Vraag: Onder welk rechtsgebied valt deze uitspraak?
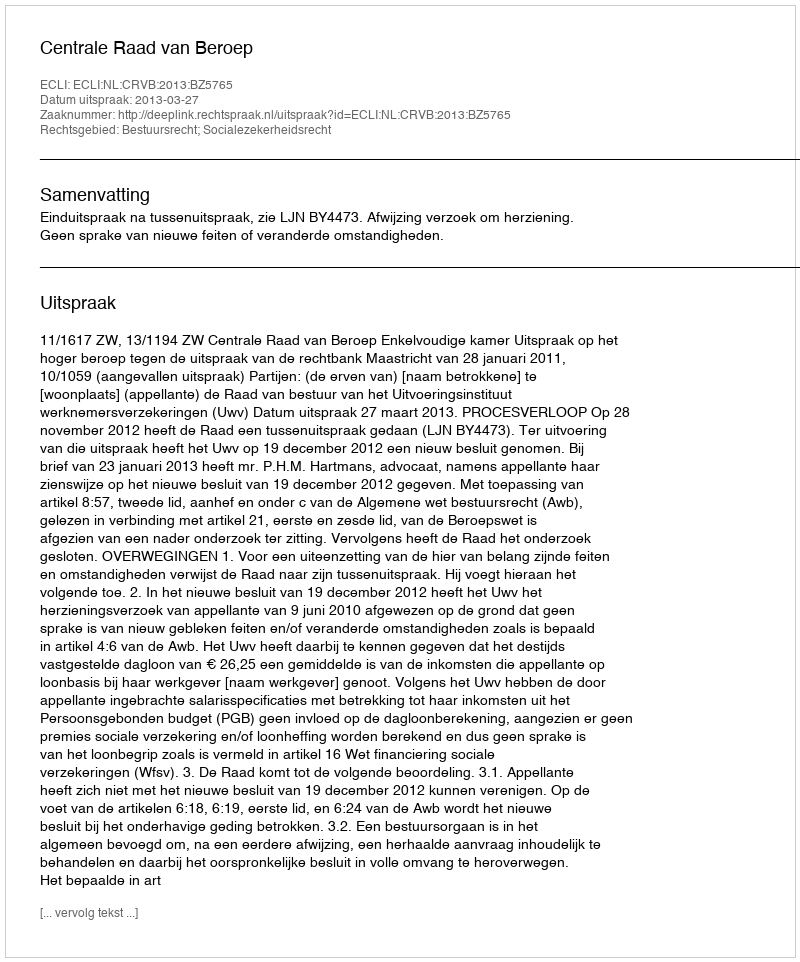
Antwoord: Bestuursrecht; Socialezekerheidsrecht